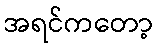
အရင်ကတော့